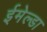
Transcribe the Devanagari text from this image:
ईमेल्डा